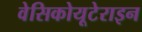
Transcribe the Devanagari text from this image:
वेसिकोयूटेराइन